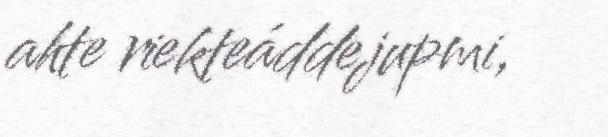
ahte riekteáddejupmi,